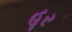
હૂર